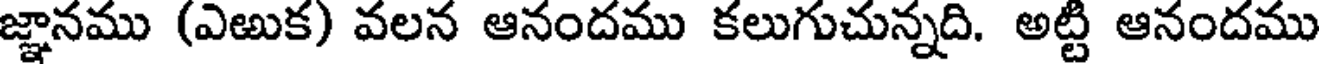
జ్ఞానము (ఎఱుక) వలన ఆనందము కలుగుచున్నది. అట్టి ఆనందము